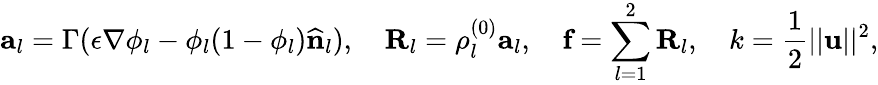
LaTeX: \textbf{a}_{l}=\Gamma(\epsilon\nabla\phi_{l}-\phi_{l}(1-\phi_{l})\widehat{\textbf{n}}_{l}),\quad\textbf{R}_{l}=\rho_{l}^{(0)}\textbf{a}_{l},\quad\textbf{f}=\sum_{l=1}^{2}\textbf{R}_{l},\quad k=\frac{1}{2}||\textbf{u}||^{2},